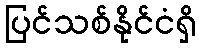
ပြင်သစ်နိုင်ငံရှိ